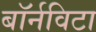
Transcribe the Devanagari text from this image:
बॉर्नविटा